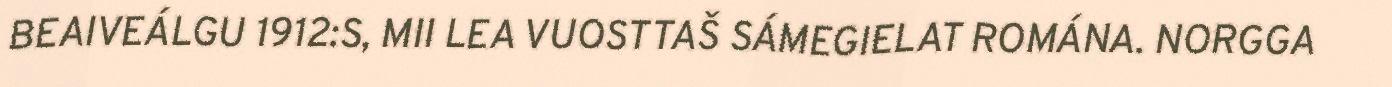
BEAIVEÁLGU 1912:S, MII LEA VUOSTTAŠ SÁMEGIELAT ROMÁNA. NORGGA